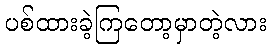
ပစ်ထားခဲ့ကြတော့မှာတဲ့လား